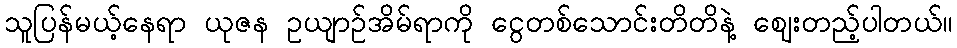
သူပြန်မယ့်နေရာ ယုဇန ဥယျာဉ်အိမ်ရာကို ငွေတစ်သောင်းတိတိနဲ့ ဈေးတည့်ပါတယ်။